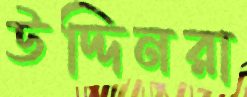
উদ্দিনরা